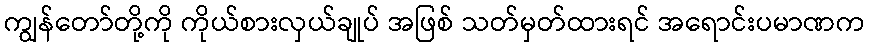
ကျွန်တော်တို့ကို ကိုယ်စားလှယ်ချုပ် အဖြစ် သတ်မှတ်ထားရင် အရောင်းပမာဏက